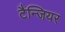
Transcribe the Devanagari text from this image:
टैन्जियर